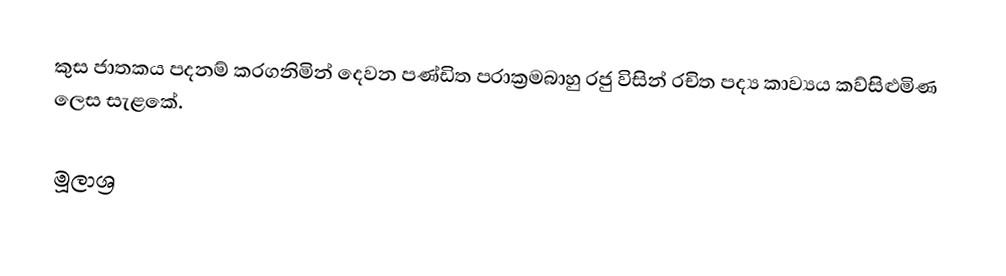
කුස ජාතකය පදනම් කරගනිමින් දෙවන පණ්‌ඩිත පරාක්‍රමබාහු රජු විසින් රචිත පද්‍ය කාව්‍යය කව්සිළුමිණ ලෙස සැළකේ.

මූලාශ්‍ර